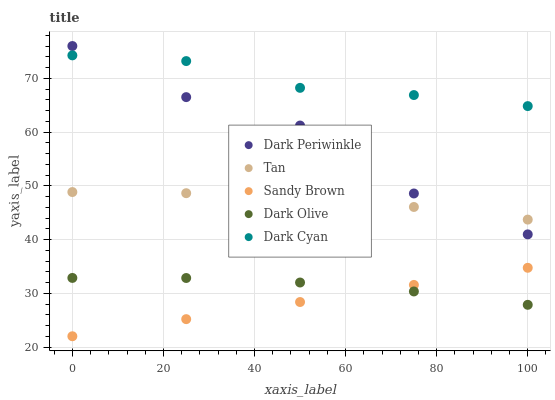
| xaxis_label | Dark Periwinkle | Tan | Sandy Brown | Dark Olive | Dark Cyan |
 | --- | --- | --- | --- | --- | --- |
 | 0 | 76 | 48.8 | 22 | 32.9 | 74.3 |
 | 25 | 66.5 | 48.6 | 25.2 | 32.8 | 73.2 |
 | 50 | 61.2 | 47.7 | 28.4 | 32 | 68.2 |
 | 75 | 48.6 | 46.1 | 31.6 | 30.3 | 66.9 |
 | 100 | 41 | 43.7 | 34.7 | 27.8 | 64.8 |